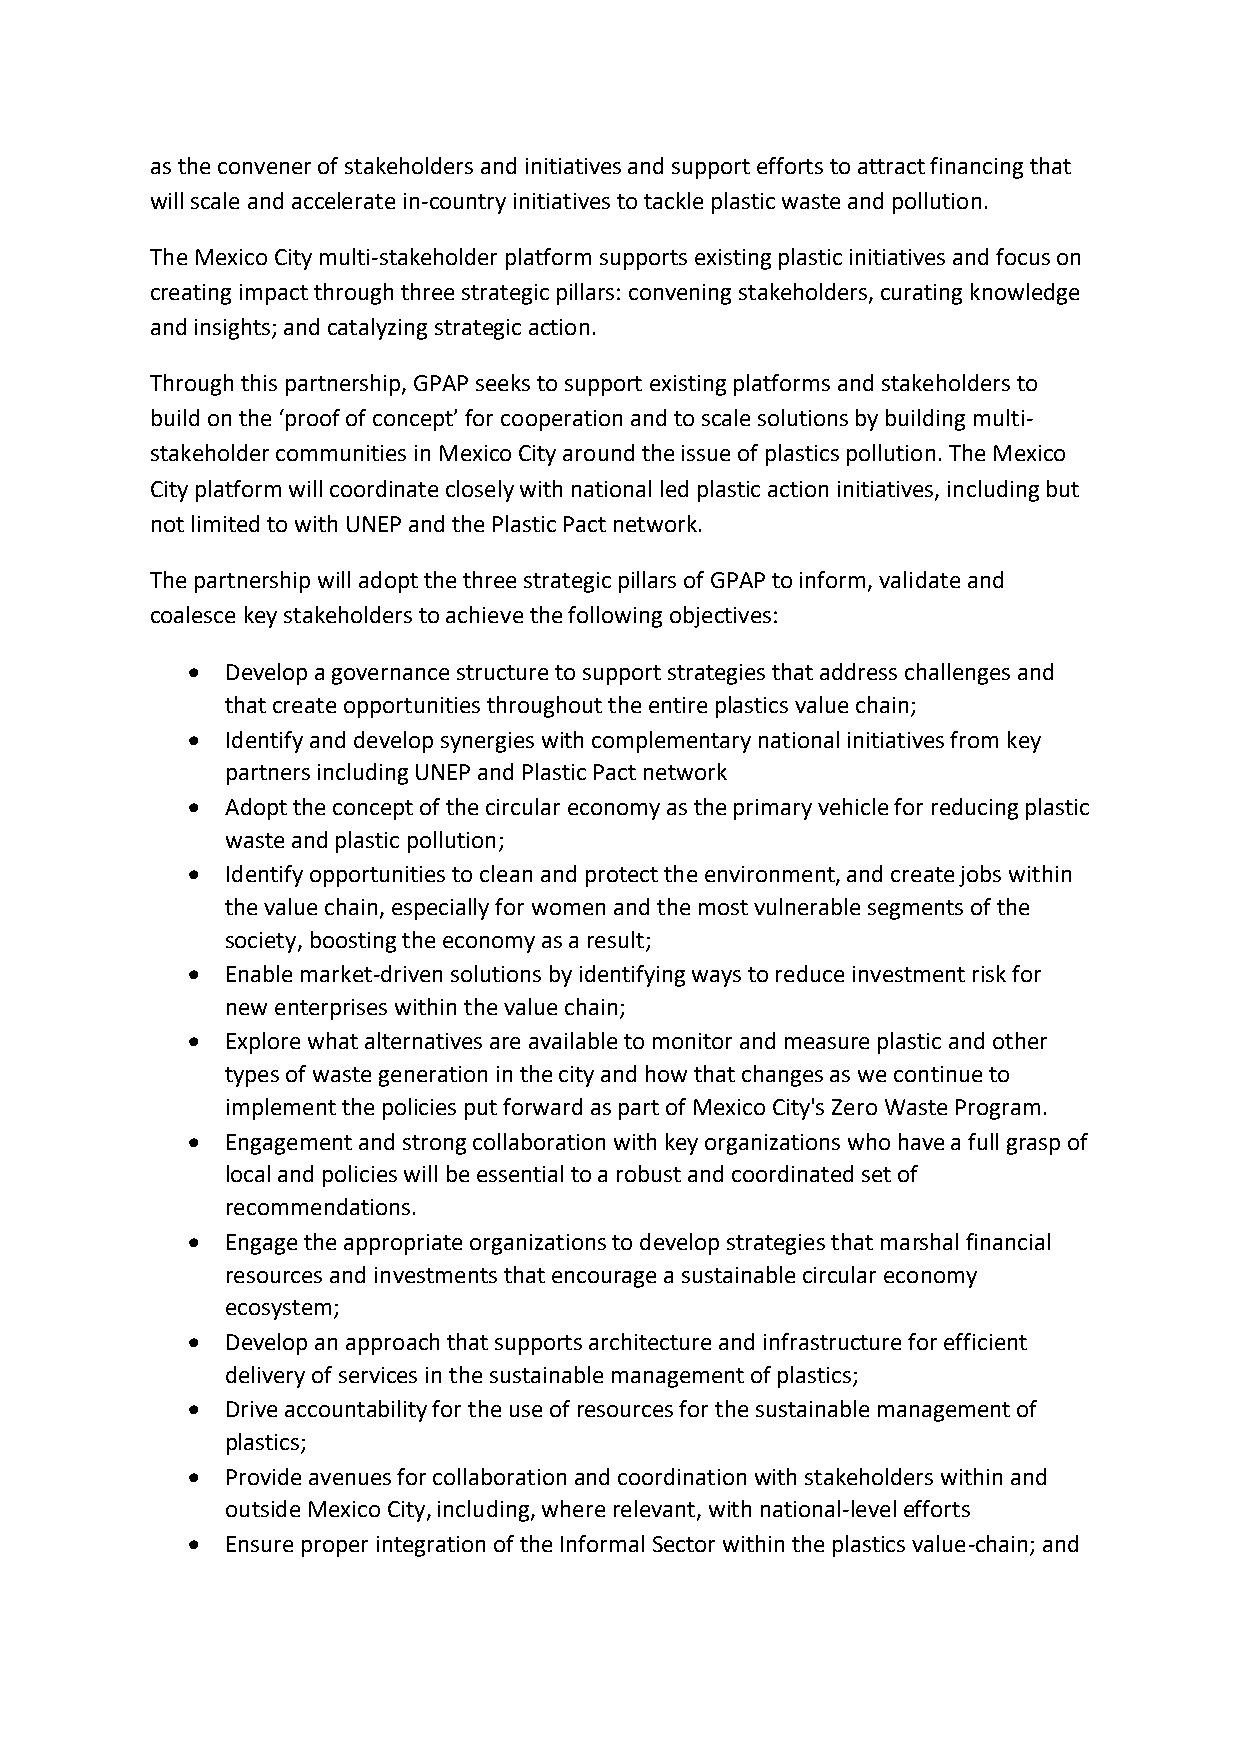
as the convener of stakeholders and initiatives and support efforts to attract financing that
 will scale and accelerate in-country initiatives to tackle plastic waste and pollution.
 The Mexico City multi-stakeholder platform supports existing plastic initiatives and focus on
 creating impact through three strategic pillars: convening stakeholders, curating knowledge
 and insights; and catalyzing strategic action.
 Through this partnership, GPAP seeks to support existing platforms and stakeholders to
 build on the ‘proof of concept’ for cooperation and to scale solutions by building multi-
 stakeholder communities in Mexico City around the issue of plastics pollution. The Mexico
 City platform will coordinate closely with national led plastic action initiatives, including but
 not limited to with UNEP and the Plastic Pact network.
 The partnership will adopt the three strategic pillars of GPAP to inform, validate and
 coalesce key stakeholders to achieve the following objectives:
 •  Develop a governance structure to support strategies that address challenges and
 that create opportunities throughout the entire plastics value chain;
 •  Identify and develop synergies with complementary national initiatives from key
 partners including UNEP and Plastic Pact network
 •  Adopt the concept of the circular economy as the primary vehicle for reducing plastic
 waste and plastic pollution;
 •  Identify opportunities to clean and protect the environment, and create jobs within
 the value chain, especially for women and the most vulnerable segments of the
 society, boosting the economy as a result;
 •  Enable market-driven solutions by identifying ways to reduce investment risk for
 new enterprises within the value chain;
 •  Explore what alternatives are available to monitor and measure plastic and other
 types of waste generation in the city and how that changes as we continue to
 implement the policies put forward as part of Mexico City's Zero Waste Program.
 •  Engagement and strong collaboration with key organizations who have a full grasp of
 local and policies will be essential to a robust and coordinated set of
 recommendations.
 •  Engage the appropriate organizations to develop strategies that marshal financial
 resources and investments that encourage a sustainable circular economy
 ecosystem;
 •  Develop an approach that supports architecture and infrastructure for efficient
 delivery of services in the sustainable management of plastics;
 •  Drive accountability for the use of resources for the sustainable management of
 plastics;
 •  Provide avenues for collaboration and coordination with stakeholders within and
 outside Mexico City, including, where relevant, with national-level efforts
 •  Ensure proper integration of the Informal Sector within the plastics value-chain; and